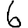
Digit: 6